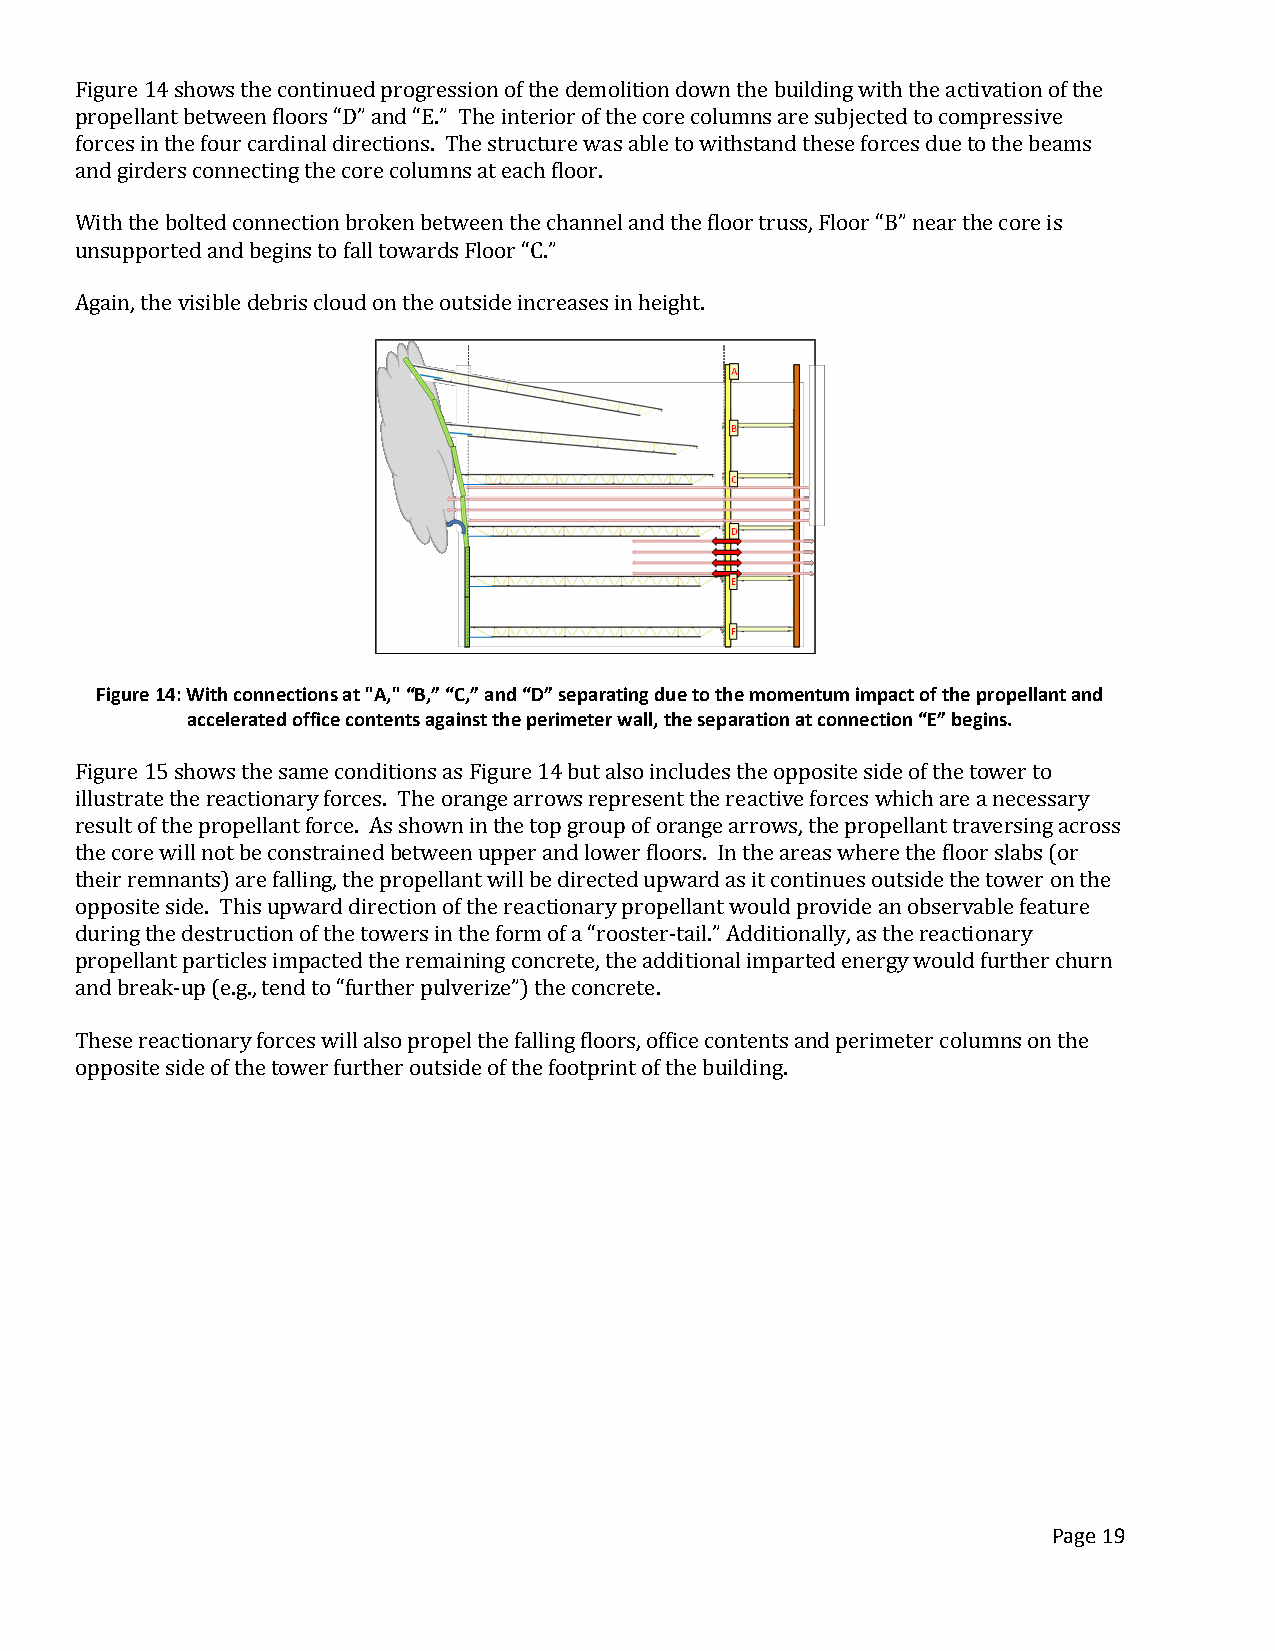
Figure 14 shows the continued progression of the demolition down the building with the activation of the
 propellant between floors “D” and “E.” The interior of the core columns are subjected to compressive
 forces in the four cardinal directions. The structure was able to withstand these forces due to the beams
 and girders connecting the core columns at each floor.
 With the bolted connection broken between the channel and the floor truss, Floor “B” near the core is
 unsupported and begins to fall towards Floor “C.”
 Again, the visible debris cloud on the outside increases in height.
 Figure 14: With connections at "A," “B,” “C,” and “D” separating due to the momentum impact of the propellant and
 accelerated office contents against the perimeter wall, the separation at connection “E” begins.
 Figure 15 shows the same conditions as Figure 14 but also includes the opposite side of the tower to
 illustrate the reactionary forces. The orange arrows represent the reactive forces which are a necessary
 result of the propellant force. As shown in the top group of orange arrows, the propellant traversing across
 the core will not be constrained between upper and lower floors. In the areas where the floor slabs (or
 their remnants) are falling, the propellant will be directed upward as it continues outside the tower on the
 opposite side. This upward direction of the reactionary propellant would provide an observable feature
 during the destruction of the towers in the form of a “rooster-tail.” Additionally, as the reactionary
 propellant particles impacted the remaining concrete, the additional imparted energy would further churn
 and break-up (e.g., tend to “further pulverize”) the concrete.
 These reactionary forces will also propel the falling floors, office contents and perimeter columns on the
 opposite side of the tower further outside of the footprint of the building.
 Page 19